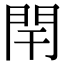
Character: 閈